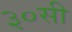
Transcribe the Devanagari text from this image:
३०सी